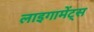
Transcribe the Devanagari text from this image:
लाइगामेंट्स